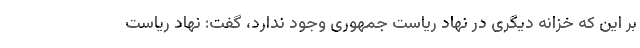
بر این که خزانه دیگری در نهاد ریاست جمهوری وجود ندارد، گفت: نهاد ریاست